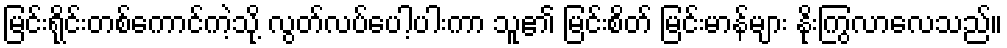
မြင်းရိုင်းတစ်ကောင်ကဲ့သို့ လွတ်လပ်ပေါ့ပါးကာ သူ၏ မြင်းစိတ် မြင်းမာန်များ နိုးကြွလာလေသည်။